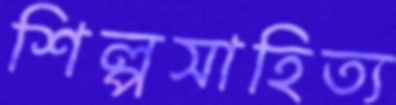
শিল্পসাহিত্য